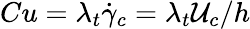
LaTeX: Cu=\lambda_{t}\dot{\gamma}_{c}=\lambda_{t}\mathcal{U}_{c}/h